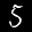
Label: 5